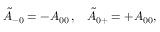
\tilde { \cal A } _ { - 0 } = - { \cal A } _ { 0 0 } \, , \; \; \; \tilde { \cal A } _ { 0 + } = + { \cal A } _ { 0 0 } ,